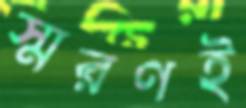
স্মরণই